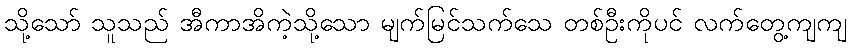
သို့သော် သူသည် အီကာအိကဲ့သို့သော မျက်မြင်သက်သေ တစ်ဦးကိုပင် လက်တွေ့ကျကျ